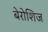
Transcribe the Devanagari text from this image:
बेरोशिज